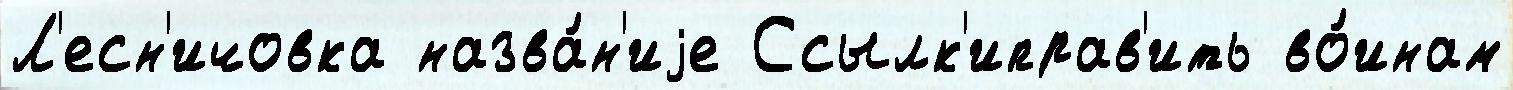
Л'есн'ичовка назва́н'иjе Ссылк'иправ'ить во́инам